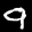
Label: 9